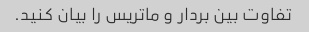
تفاوت بین بردار و ماتریس را بیان کنید.